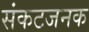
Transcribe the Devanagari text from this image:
संकटजनक